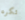
تكره